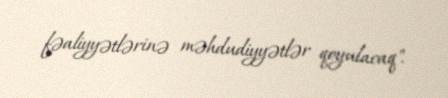
fəaliyyətlərinə məhdudiyyətlər qoyulacaq".